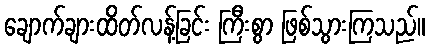
ချောက်ချားထိတ်လန့်ခြင်း ကြီးစွာ ဖြစ်သွားကြသည်။